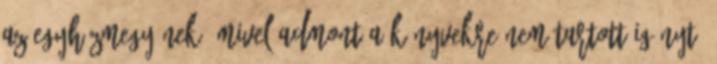
az egyházmegyének. Mivel Admont a könyvekre nem tartott igényt,